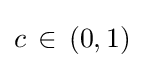
c\,\in \,(0,1)